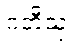
ဂတီသု